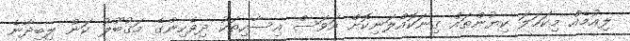
ލިއުމެއް މިކަހަލަ ކިޔުންތައް ގިނަކޮއްލަނިކޮށް އަވަސް އިސާހިތަކު ދިވެހިންގެ މަގުބޫލު ކަން ލިބިދާނެ